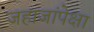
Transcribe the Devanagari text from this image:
जहाजांपेक्षा